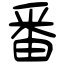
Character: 番